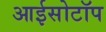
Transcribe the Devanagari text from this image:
आईसोटॉप